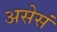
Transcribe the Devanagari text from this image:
असेसं